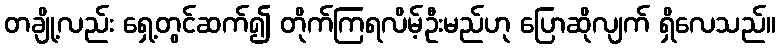
တချို့လည်း ရှေ့တွင်ဆက်၍ တိုက်ကြရလိမ့်ဦးမည်ဟု ပြောဆိုလျက် ရှိလေသည်။